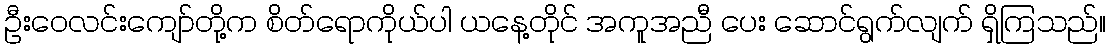
ဦးဝေလင်းကျော်တို့က စိတ်ရောကိုယ်ပါ ယနေ့တိုင် အကူအညီ ပေး ဆောင်ရွက်လျက် ရှိကြသည်။